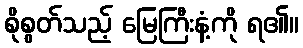
စိုစွတ်သည့် မြေကြီးနံ့ကို ရ၏။